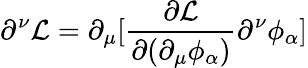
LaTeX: \partial^{\nu}{\mathcal{L}}=\partial_{\mu}[{\frac{\partial{\mathcal{L}}}{\partial(\partial_{\mu}\phi_{\alpha})}}\partial^{\nu}\phi_{\alpha}]